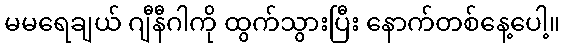
မမရေချယ် ဂျီနီဂါကို ထွက်သွားပြီး နောက်တစ်နေ့ပေါ့။